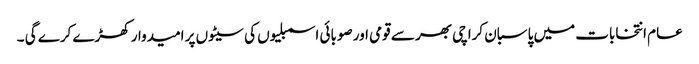
عام انتخابات میں پاسبان کراچی بھر سے قومی اور صوبائی اسمبلیوں کی سیٹوں پر امیدوار کھڑے کرے گی ۔